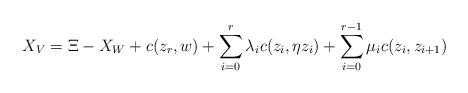
LaTeX: \begin{align*}\displaystyle X_V=\Xi-X_W+c(z_r,w)+\sum_{i=0}^r \lambda_i c(z_i,\eta z_i)+ \sum_{i=0}^{r-1} \mu_i c(z_i,z_{i+1})\end{align*}